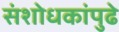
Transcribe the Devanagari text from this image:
संशोधकांपुढे